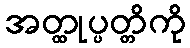
အတ္ထုပ္ပတ္တိကို